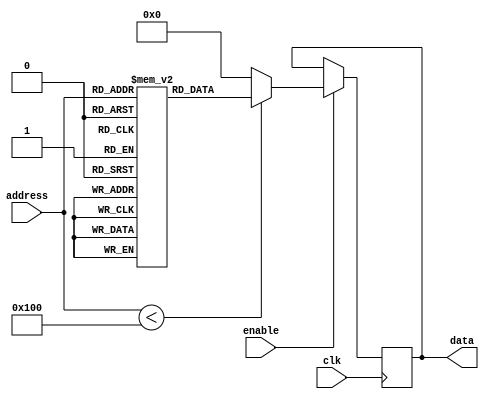
module Parameterized_ROM #(
    parameter ADDR_WIDTH = 8,  // Address width
    parameter DATA_WIDTH = 16,  // Data width
    parameter MEM_SIZE = 1 << ADDR_WIDTH  // Memory size based on address width
)(
    input wire [ADDR_WIDTH-1:0] address,  // Address input
    input wire clk,                        // Clock input
    input wire enable,                     // Enable input
    output reg [DATA_WIDTH-1:0] data      // Data output
);

// Internal memory array
reg [DATA_WIDTH-1:0] memory [0:MEM_SIZE-1];

// Initialize memory with predefined values
initial begin
    // Example initialization (you can replace these values as needed)
    memory[0] = 16'h0001;
    memory[1] = 16'h0002;
    memory[2] = 16'h0003;
    // ... Initialize other memory locations as needed
    memory[MEM_SIZE-1] = 16'hFFFF; // Last address example
end

// Read operation
always @(posedge clk) begin
    if (enable) begin
        if (address < MEM_SIZE) begin
            data <= memory[address];  // Read from memory
        end else begin
            data <= {DATA_WIDTH{1'b0}}; // Default value if address is out of range
        end
    end
end

endmodule